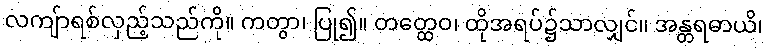
လကျ်ာရစ်လှည့်သည်ကို။ ကတွာ၊ ပြု၍။ တတ္ထေဝ၊ ထိုအရပ်၌သာလျှင်။ အန္တရဓာယိ၊